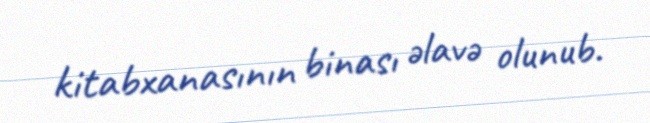
kitabxanasının binası əlavə olunub.